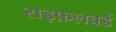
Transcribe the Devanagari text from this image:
राइफ़लबर्ड